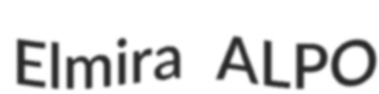
Elmira ALPO